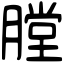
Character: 膛